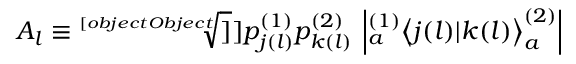
A _ { l } \equiv \sqrt [ [object Object] ] ] { p _ { j ( l ) } ^ { ( 1 ) } p _ { k ( l ) } ^ { ( 2 ) } } \, \left| { } _ { a } ^ { ( 1 ) } \! \left\langle { j ( l ) } | { k ( l ) } \right\rangle _ { a } ^ { ( 2 ) } \right|